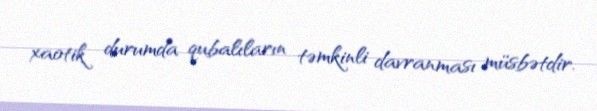
xaotik durumda qubalıların təmkinli davranması müsbətdir.